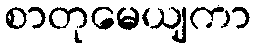
စာတုမေယျကာ